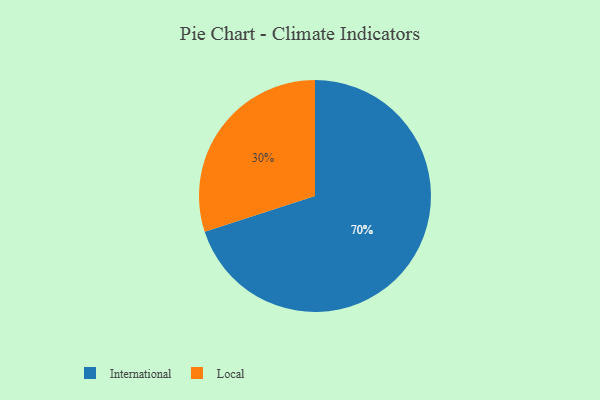
{"axis": {"x": "Category", "y": "Percentage"}, "legend": ["International", "Local"], "data": [{"x": "International", "y": 70, "type": "International"}, {"x": "Local", "y": 30, "type": "Local"}]}